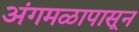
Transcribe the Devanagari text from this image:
अंगमळापासून